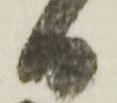
日